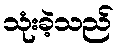
သုံးခဲ့သည်